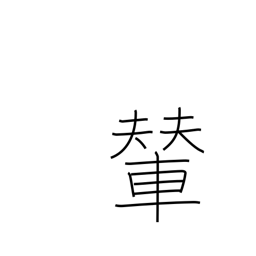
Meaning: palanquin